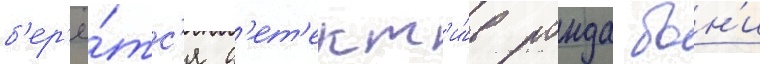
б'ер'ё́тс'я д'ет'ект'и́в ронда бон'и